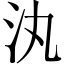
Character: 汍